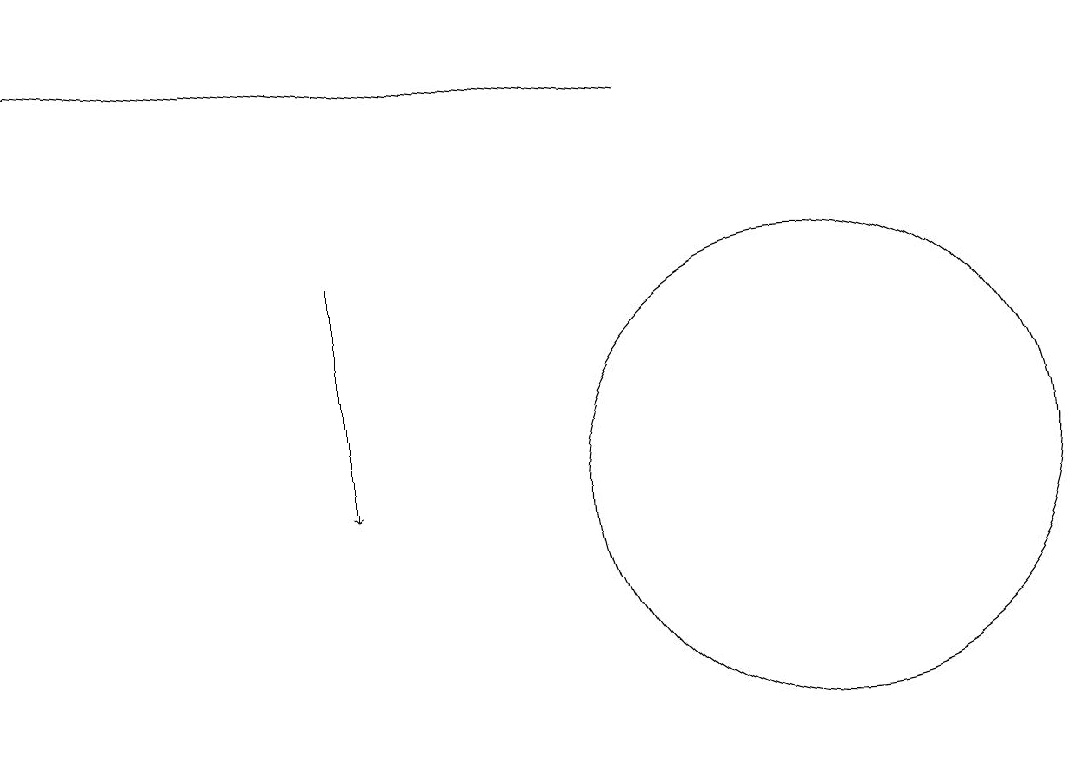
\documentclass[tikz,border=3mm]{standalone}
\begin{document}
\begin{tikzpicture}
\draw[->] (4,15) -- (4,12);
\draw (10,12) circle (3);
\draw[->] (8,17) -- (0,18);
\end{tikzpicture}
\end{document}